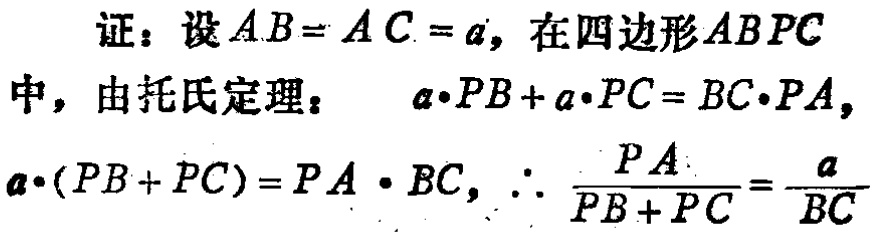
证：设\(AB = AC = a\)，在四边形\(ABPC\)中，由托氏定理： \(a\cdot PB + a\cdot PC = BC\cdot PA\)，

\(a\cdot(PB + PC)=PA\cdot BC\)，\(\therefore \frac{PA}{PB + PC}=\frac{a}{BC}\)